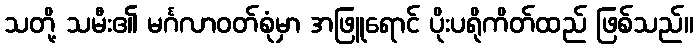
သတို့ သမီး၏ မင်္ဂလာဝတ်စုံမှာ အဖြူရောင် ပိုးပရိုကိတ်ထည် ဖြစ်သည်။